Report of the Municipal Commissioner on the plague in Bombay for the year ending 31st May... - Volume 2
Disease focus: Plague
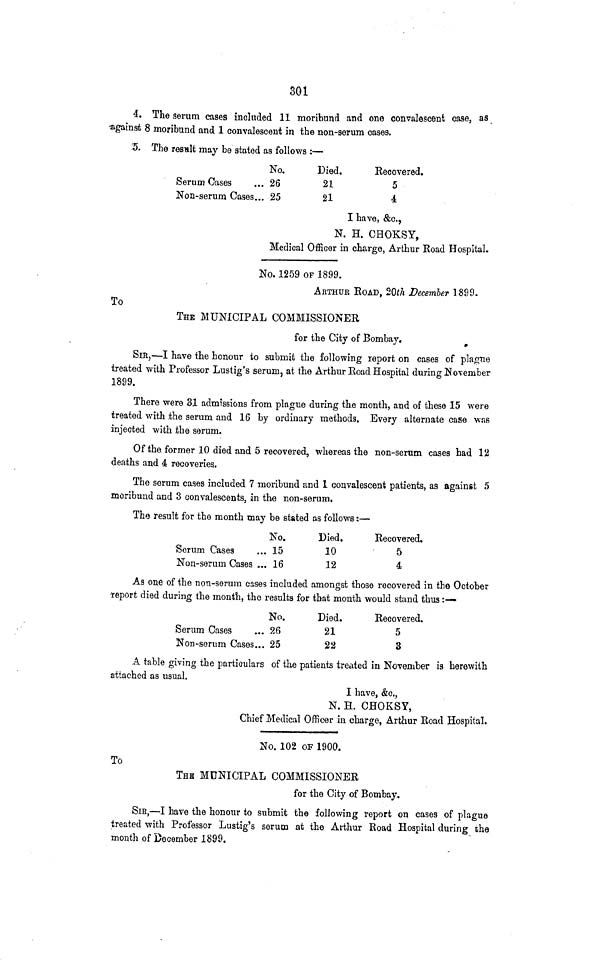
301
4. The serum cases included 11 moribund and one convalescent case, as
•against 8 moribund and 1 convalescent in the non-serum cases.
3. The result may be stated as follows :—
No,
Serum Cases
... 26
Non-serum Cases... 25
Died.
21
21
Recovered,
5
•i
I have, &c.,
N. H. CHOKSY,
Medical Officer in charge, Arthur Road Hospital.
No. 1259 OF 1899.
ARTHUR ROAD, 20«7i December 1899.
To
THE MUNICIPAL COMMISSIONER
for the City of Bombay,
SIB,—I have the honour to submit the following report on cases of plagne
treated with Professor Lustig's serum, at the Arthur Road Hospital during November
1899.
There were 31 admissions from plague during the month, and of these 15 were
treated with the serum and 16 by ordinary methods. Every alternate case was
injected with the serum.
Of the former 10 died and 5 recovered, whereas the non-serum cases had 12
deaths and 4 recoveries.
The serum cases included 7 moribund and 1 convalescent patients, as against 5
moribund and 3 convalescents, in the non-serum,
The result for the month may be stated as follows:—
No.
Serum Cases
Non-serum Cases ....
15
16
Died.
10
12
Recovered.
5
4
As one of the non-serum cases included amongst those recovered in the October
-report died during the month, the results for that month would stand thus:—
No.
Serum Cases
... 26
Non-serum Cases... 25
Died.
21
22
Recovered.
5
3
A table giving the particulars of the patients treated in November is herewith
attached as usual,
I have, &c.,
N. H. CHOKSY,
Chief Medical Officer in charge, Arthur Road Hospital.
No. 102 OF 1900.
To
THB MUNICIPAL COMMISSIONER
for the City of Bombay.
SIR,—I have the honour to submit the following report on cases of plague
treated with Professor Lustig's serum at the Arthur Road Hospital during the
month of December 1899.